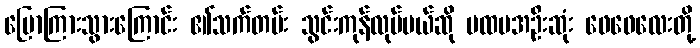
ပြောကြားသွားကြောင်း ၏သက်တမ်း သွင်းကုန်လုပ်မယ်ဆို ပထမအဦးဆုံး ဖေဖေလေးတို့